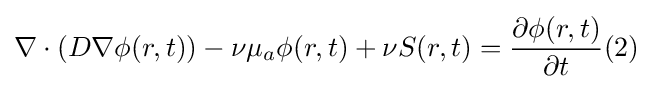
\nabla \cdot (D\nabla \phi (r,t))-\nu \mu _{a}\phi (r,t)+\nu S(r,t)={\partial \phi (r,t) \over \partial t}(2)